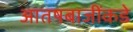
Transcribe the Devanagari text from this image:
आतषबाजींकडे